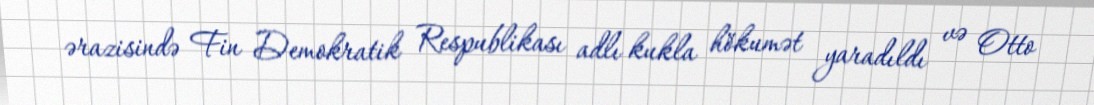
ərazisində Fin Demokratik Respublikası adlı kukla hökumət yaradıldı və Otto